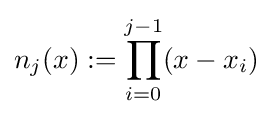
n_{j}(x):=\prod _{i=0}^{j-1}(x-x_{i})